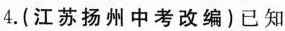
4.(江苏扬州中考改编)已知